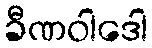
ခီဏဝါဒေါ